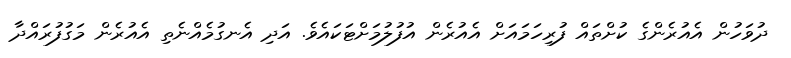
ދުވަހުން އެއުރެންގެ ކުށްތައް ފުރިހަމައަށް އެއުރެން އުފުލުމަށްޓަކައެވެ. އަދި އެނގުމެއްނެތި އެއުރެން މަގުފުރައްދާ